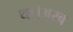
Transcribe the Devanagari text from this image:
था।अरब